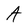
Character: A